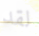
لقد